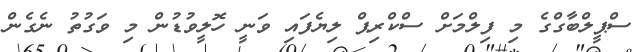
ސްޕީލްބާގްގެ މި ފިލްމަށް ސްކްރިޕް ލިޔެފައި ވަނީ ހޮލީވުޑުން މި ވަގުތު ނެގެން